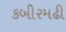
કબીરમઢી